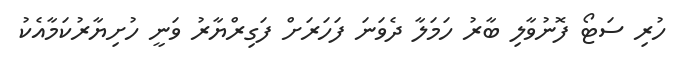
ހުރި ސަޓޯ ފޮނުވާލި ބާރު ހަމަލާ ދެވަނަ ފަހަރަށް ފަގިރްޔާރު ވަނީ ހުށިޔާރުކަމާއެކު